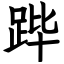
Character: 跸